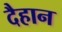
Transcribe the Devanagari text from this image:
दैहान